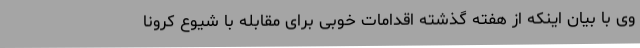
وی با بیان اینکه از هفته گذشته اقدامات خوبی برای مقابله با شیوع کرونا